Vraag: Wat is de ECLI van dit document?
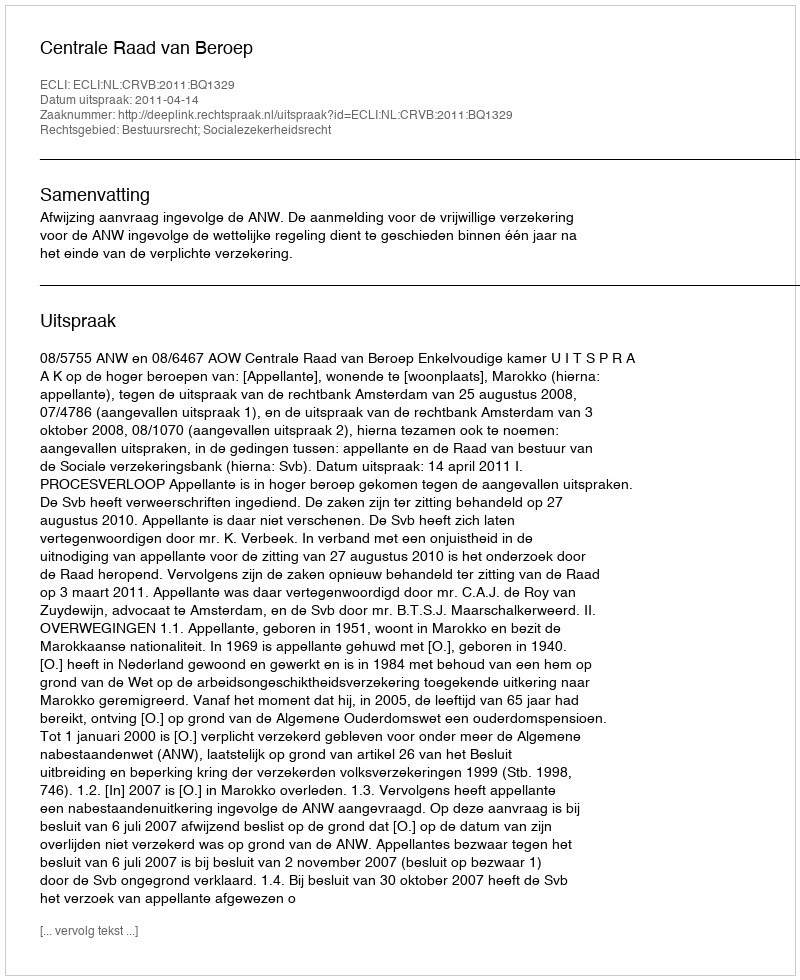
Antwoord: ECLI:NL:CRVB:2011:BQ1329